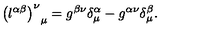
{ \left( l ^ { \alpha \beta } \right) ^ { \nu } } _ { \mu } = g ^ { \beta \nu } \delta _ { \mu } ^ { \alpha } - g ^ { \alpha \nu } \delta _ { \mu } ^ { \beta } .